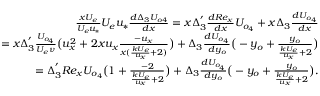
\begin{array} { r } { \frac { x U _ { e } } { U _ { e } u _ { * } } U _ { e } u _ { * } \frac { d \Delta _ { 3 } U _ { o 4 } } { d x } = x \Delta _ { 3 } ^ { ' } \frac { d R e _ { x } } { d x } U _ { o _ { 4 } } + x \Delta _ { 3 } \frac { d U _ { o _ { 4 } } } { d x } } \\ { = x \Delta _ { 3 } ^ { ' } \frac { U _ { o _ { 4 } } } { U _ { e } \nu } \big ( u _ { x } ^ { 2 } + 2 x u _ { x } \frac { - u _ { x } } { x ( \frac { k U _ { e } } { u _ { x } } + 2 ) } \big ) + \Delta _ { 3 } \frac { d U _ { o _ { 4 } } } { d y _ { o } } \big ( - y _ { o } + \frac { y _ { o } } { \frac { k U _ { e } } { u _ { x } } + 2 } \big ) } \\ { = \Delta _ { 3 } ^ { ' } R e _ { x } U _ { o _ { 4 } } \big ( 1 + \frac { - 2 } { \frac { k U _ { e } } { u _ { x } } + 2 } \big ) + \Delta _ { 3 } \frac { d U _ { o _ { 4 } } } { d y _ { o } } \big ( - y _ { o } + \frac { y _ { o } } { \frac { k U _ { e } } { u _ { x } } + 2 } \big ) . } \end{array}